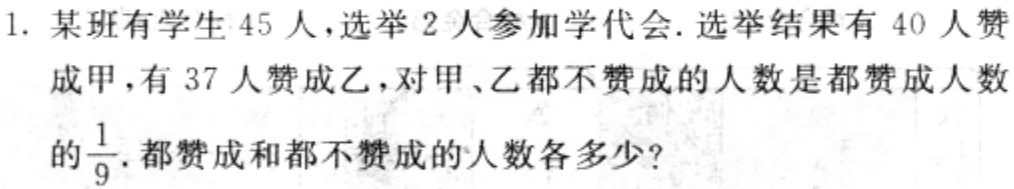
1. 某班有学生 45 人，选举 2 人参加学代会. 选举结果有 40 人赞成甲，有 37 人赞成乙，对甲、乙都不赞成的人数是都赞成人数的$\frac{1}{9}$. 都赞成和都不赞成的人数各多少?